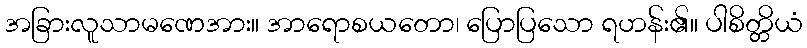
အခြားလူသာမဏေအား။ အာရောစယတော၊ ပြောပြသော ရဟန်း၏။ ပါစိတ္တိယံ